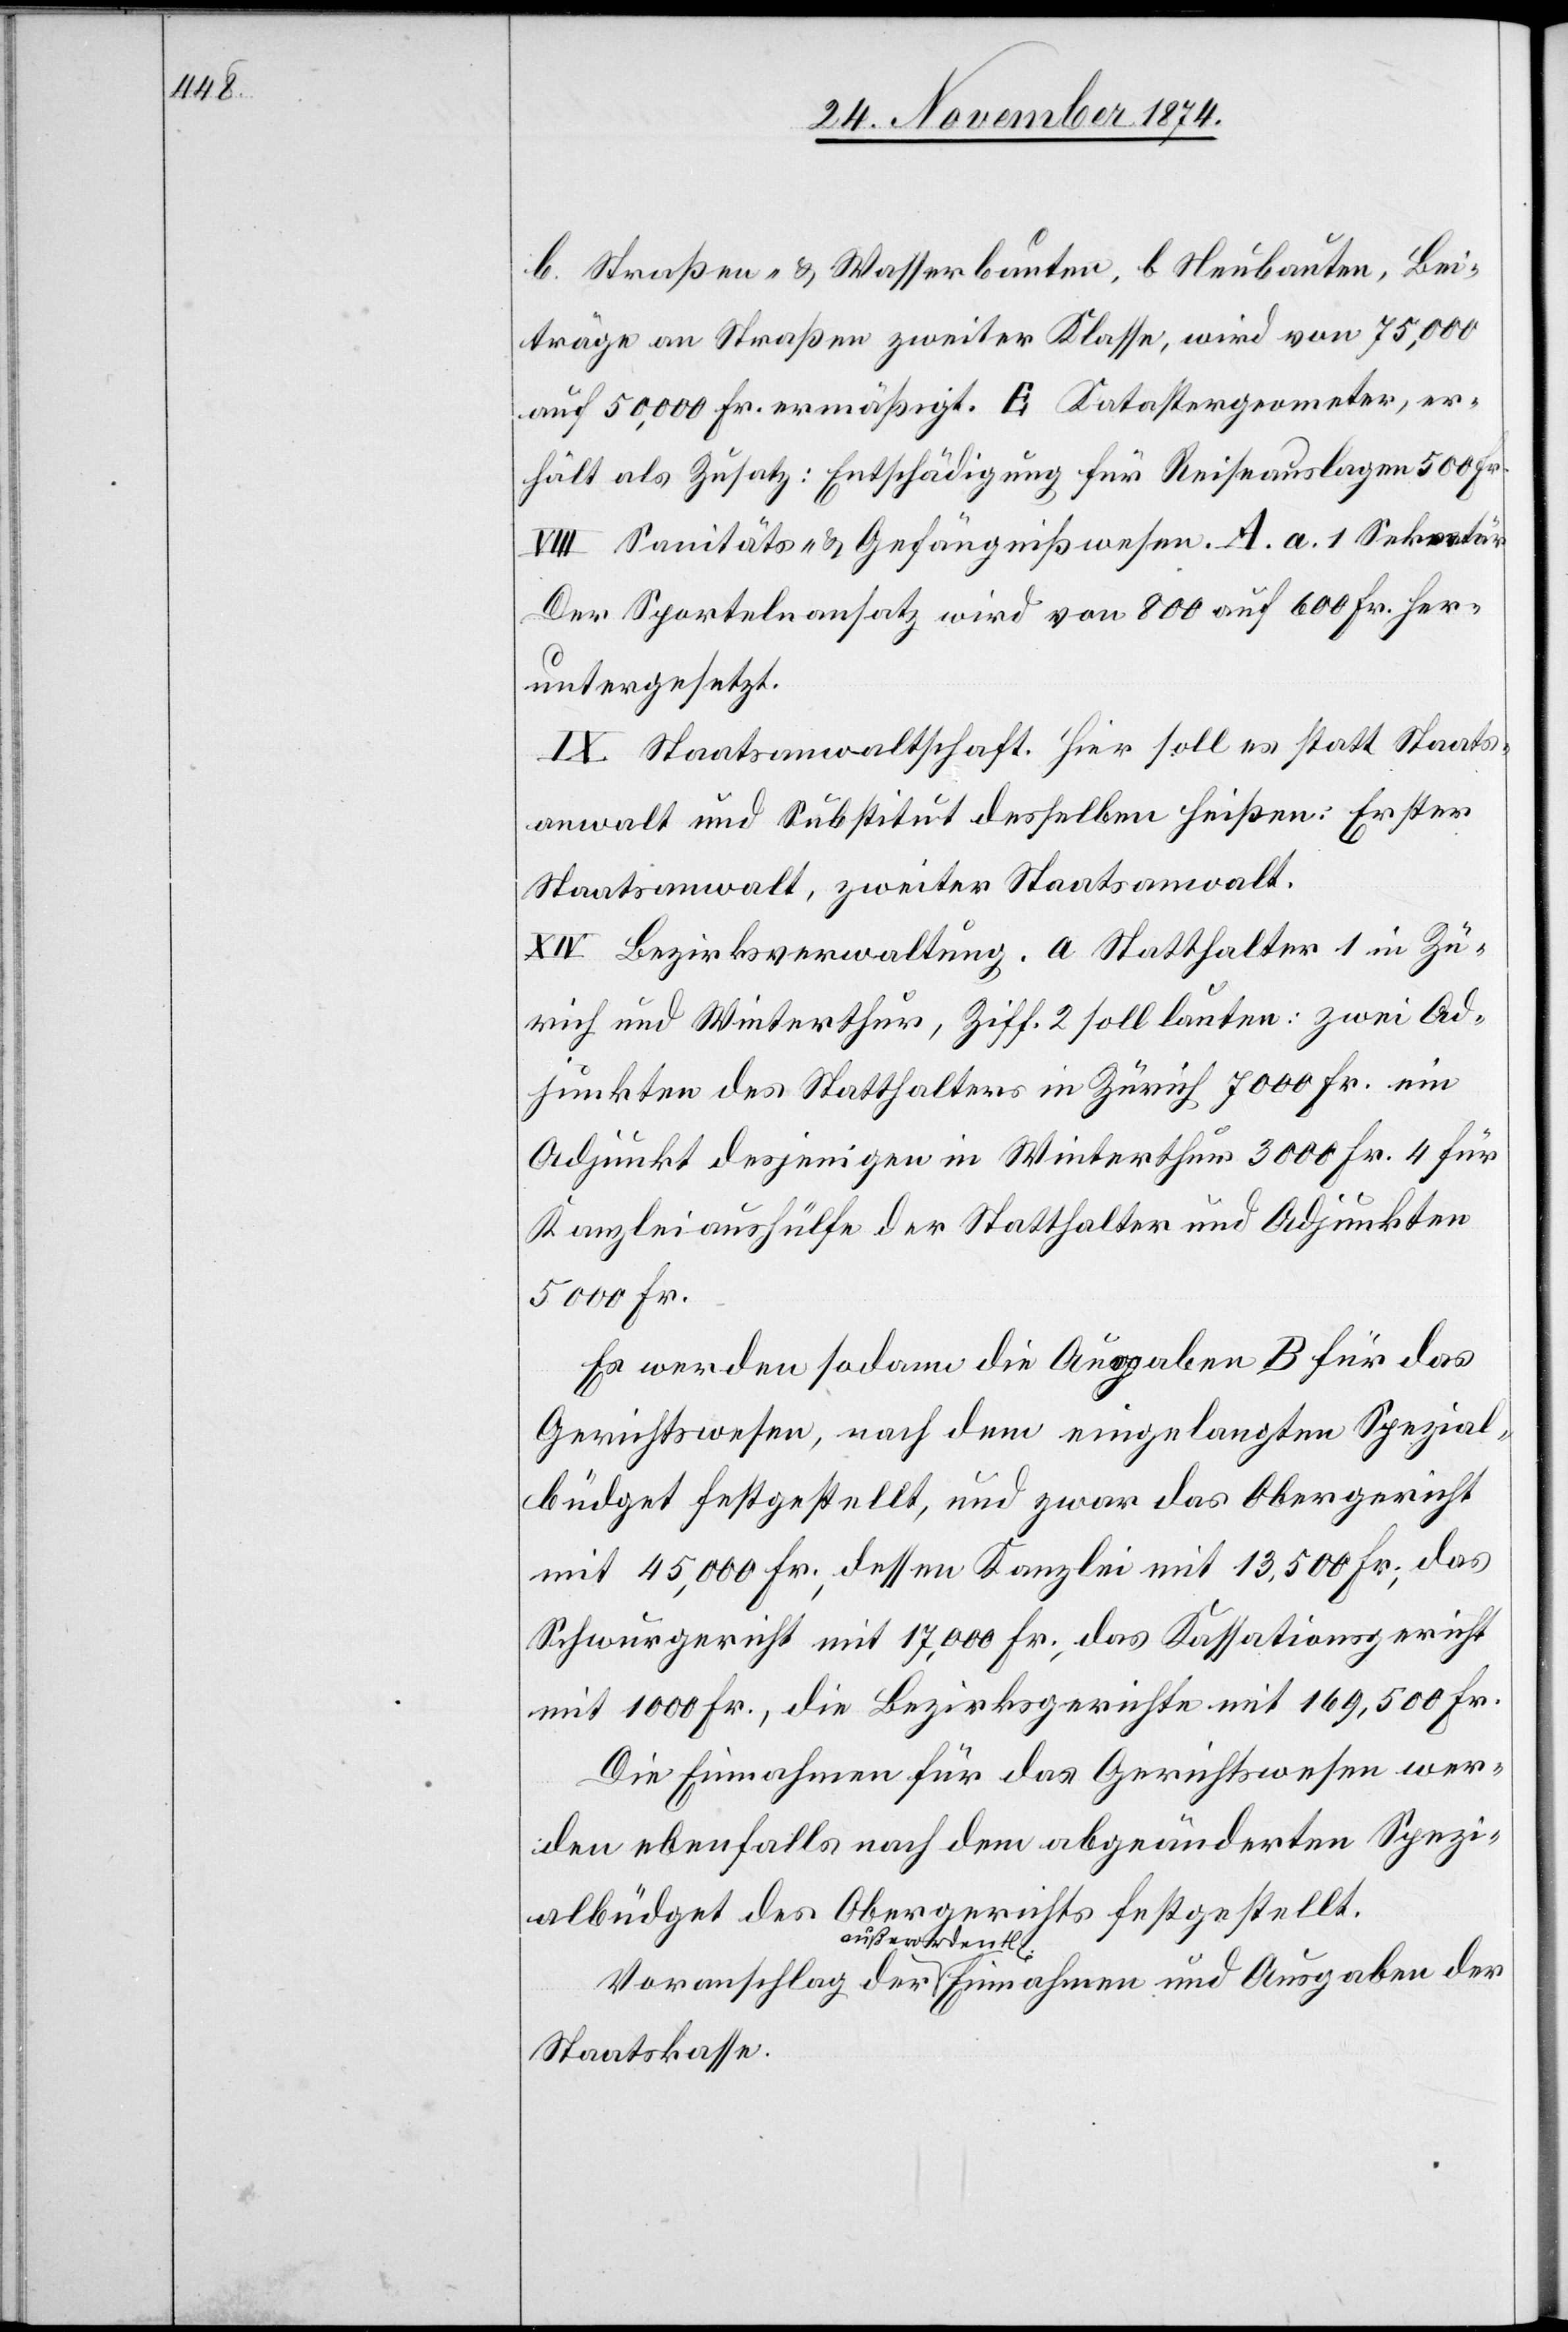
b. Straßen- & Wasserbauten, b Neubauten, Bei¬
träge an Straßen zweiter Klasse, wird von 75,000
auf 50,000 Fr. ermäßigt. E Katastergeometer, er¬
hält als Zusatz: Entschädigung für Reiseauslagen 500 Fr.
VIII Sanitäts- & Gefängnißwesen. A. a. 1 Sekretär[.]
Der Sportelnansatz wird von 800 auf 600 Fr. her¬
untergesetzt.
IX. Staatsanwaltschaft. Hier soll es statt Staats¬
anwalt und Substitut desselben heißen: Erster
Staatsanwalt, zweiter Staatsanwalt.
XIV Bezirksverwaltung. a. Statthalter[.]§ 1 in Zü¬
rich und Winterthur, Ziff. 2 soll lauten: zwei Ad¬
junkten des Statthalters in Zürich 7000 Fr. ein
Adjunkt desjenigen in Winterthur 3000 Fr. 4 für
Kanzleiaushilfe der Statthalter und Adjunkten
5000 Fr.
Es werden sodann die Ausgaben B für das
Gerichtswesen, nach dem eingelangten Spezial¬
büdget festgestellt, und zwar das Obergericht
mit 45,000 Fr., dessen Kanzlei mit 13,500 Fr., das
Schwurgericht mit 17,000 Fr., das Kassationsgericht
mit 1000 Fr., die Bezirksgerichte mit 169,500 Fr.
Die Einnahmen für das Gerichtswesen wer¬
den ebenfalls nach dem abgeänderten Spezi¬
albüdget des Obergerichts festgestellt.
Staatskasse.